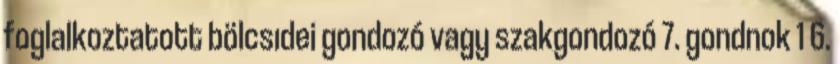
foglalkoztatott bölcsıdei gondozó vagy szakgondozó 7. gondnok 1 6.